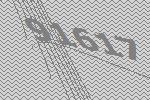
91617